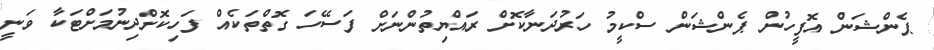
ޕެންޝަން އޮފީހުން ޕެންޝަން ސްކީމު ހަރުދަނާކޮށް ރައްޔިތުންނަށް ފަސޭހަ ގޮތްތަކެއް ފަހިކޮށްދިނުމަށްޓަކާ ވަނީ